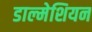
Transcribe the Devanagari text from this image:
डाल्मेशियन